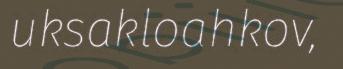
uksakloahkov,